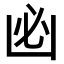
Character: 𠚊